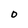
Character: O